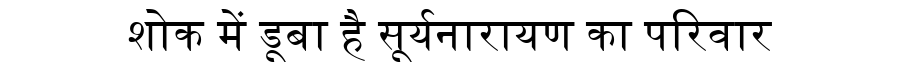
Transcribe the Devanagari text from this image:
शोक में डूबा है सूर्यनारायण का परिवार